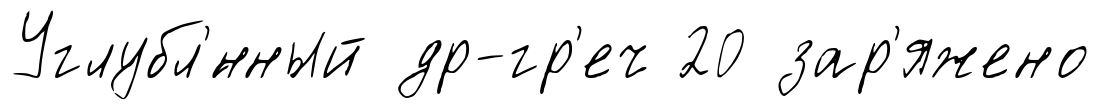
Углубл'́нный др-гр'еч 20 зар'яжено